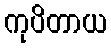
ကုပိတာယ